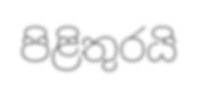
පිළිතුරයි